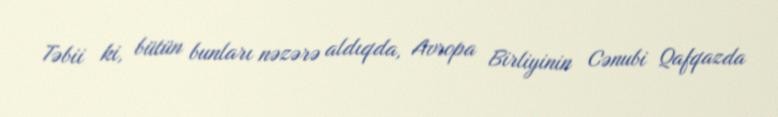
Təbii ki, bütün bunları nəzərə aldıqda, Avropa Birliyinin Cənubi Qafqazda